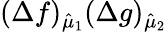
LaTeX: (\Delta f)_{\hat{\mu}_{1}}(\Delta g)_{\hat{\mu}_{2}}